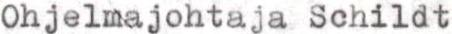
Ohjelmajohtaja Schildt